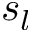
s _ { l }